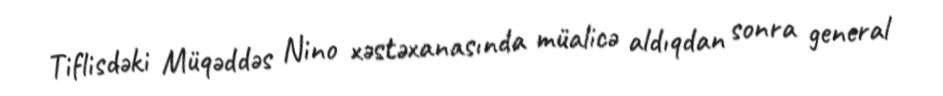
Tiflisdəki Müqəddəs Nino xəstəxanasında müalicə aldıqdan sonra general